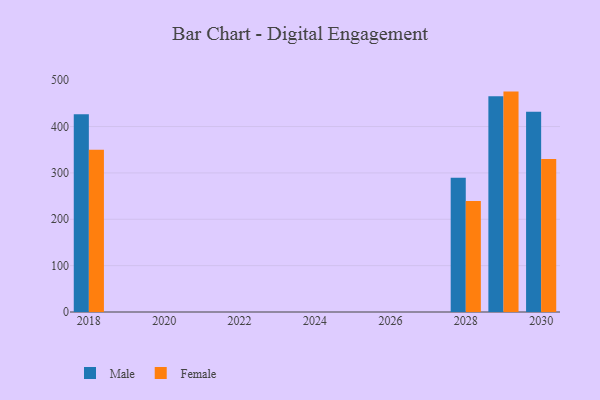
{"axis": {"x": "Year", "y": "Net Income (USD K)"}, "legend": ["Female", "Male"], "data": [{"x": "2018", "y": 426.3, "type": "Male"}, {"x": "2018", "y": 350.2, "type": "Female"}, {"x": "2029", "y": 465.4, "type": "Male"}, {"x": "2029", "y": 475.4, "type": "Female"}, {"x": "2030", "y": 432.1, "type": "Male"}, {"x": "2030", "y": 330.0, "type": "Female"}, {"x": "2028", "y": 289.8, "type": "Male"}, {"x": "2028", "y": 239.6, "type": "Female"}]}